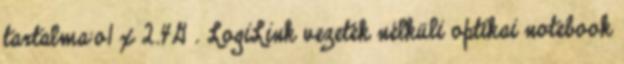
tartalma:o1 x 2.4G . LogiLink vezeték nélküli optikai notebook